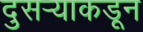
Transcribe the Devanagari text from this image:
दुसर्‍याकडून